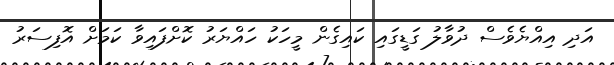
އަދި އިއްޔެވެސް ދުވާލު ގަޑީގައި ކައިގެން މީހަކު ހައްޔަރު ކޮށްފައިވާ ކަމަށް އޮފިސަރު